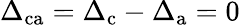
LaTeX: \Delta_{\mathrm{ca}}=\Delta_{\mathrm{c}}-\Delta_{\mathrm{a}}=0